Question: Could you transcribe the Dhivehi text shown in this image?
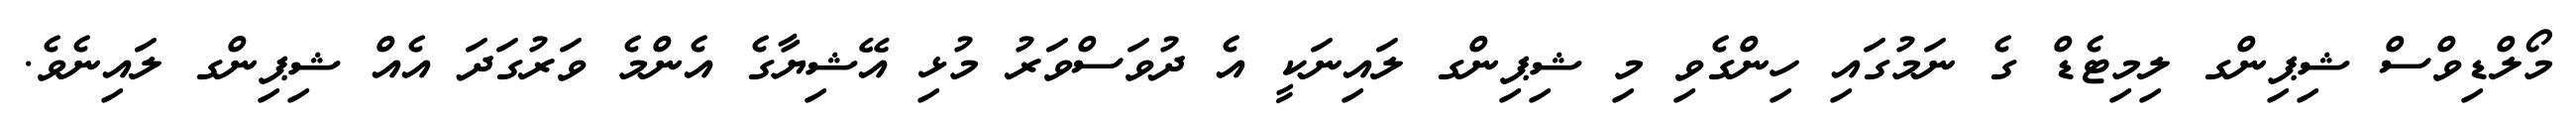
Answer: މޯލްޑިވްސް ޝިޕިންގ ލިމިޓެޑް ގެ ނަމުގައި ހިންގެވި މި ޝިޕިންގ ލައިނަކީ އެ ދުވަސްވަރު މުޅި އޭޝިޔާގެ އެންމެ ވަރުގަދަ އެއް ޝިޕިންގ ލައިނެވެ.